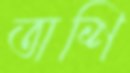
অশি